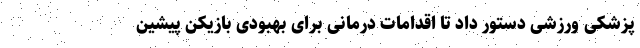
پزشکی ورزشی دستور داد تا اقدامات درمانی برای بهبودی بازیکن پیشین